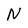
Character: N